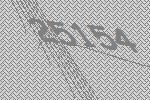
25154